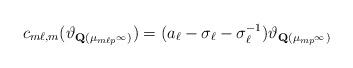
LaTeX: \begin{align*} c_{m\ell, m}(\vartheta_{{\bf Q}(\mu_{m\ell p^{\infty}})})= (a_{\ell}-\sigma_{\ell}-\sigma_{\ell}^{-1})\vartheta_{{\bf Q}(\mu_{mp^{\infty}})}\end{align*}